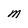
Character: M